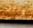
لوريل